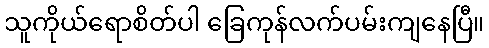
သူကိုယ်ရောစိတ်ပါ ခြေကုန်လက်ပမ်းကျနေပြီ။